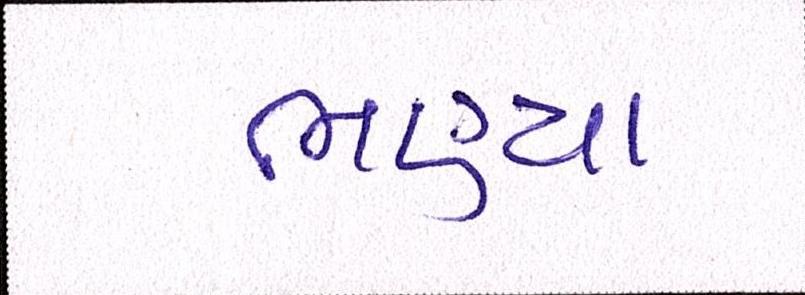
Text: ભણ્યા